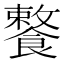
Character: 𩞕